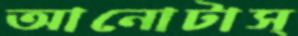
আনোটাস্